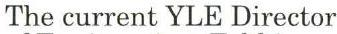
The current YLE Director